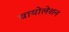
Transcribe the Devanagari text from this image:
वायोलेशन